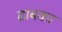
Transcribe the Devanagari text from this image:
ढाबका